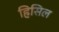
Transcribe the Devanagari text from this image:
हिसिल